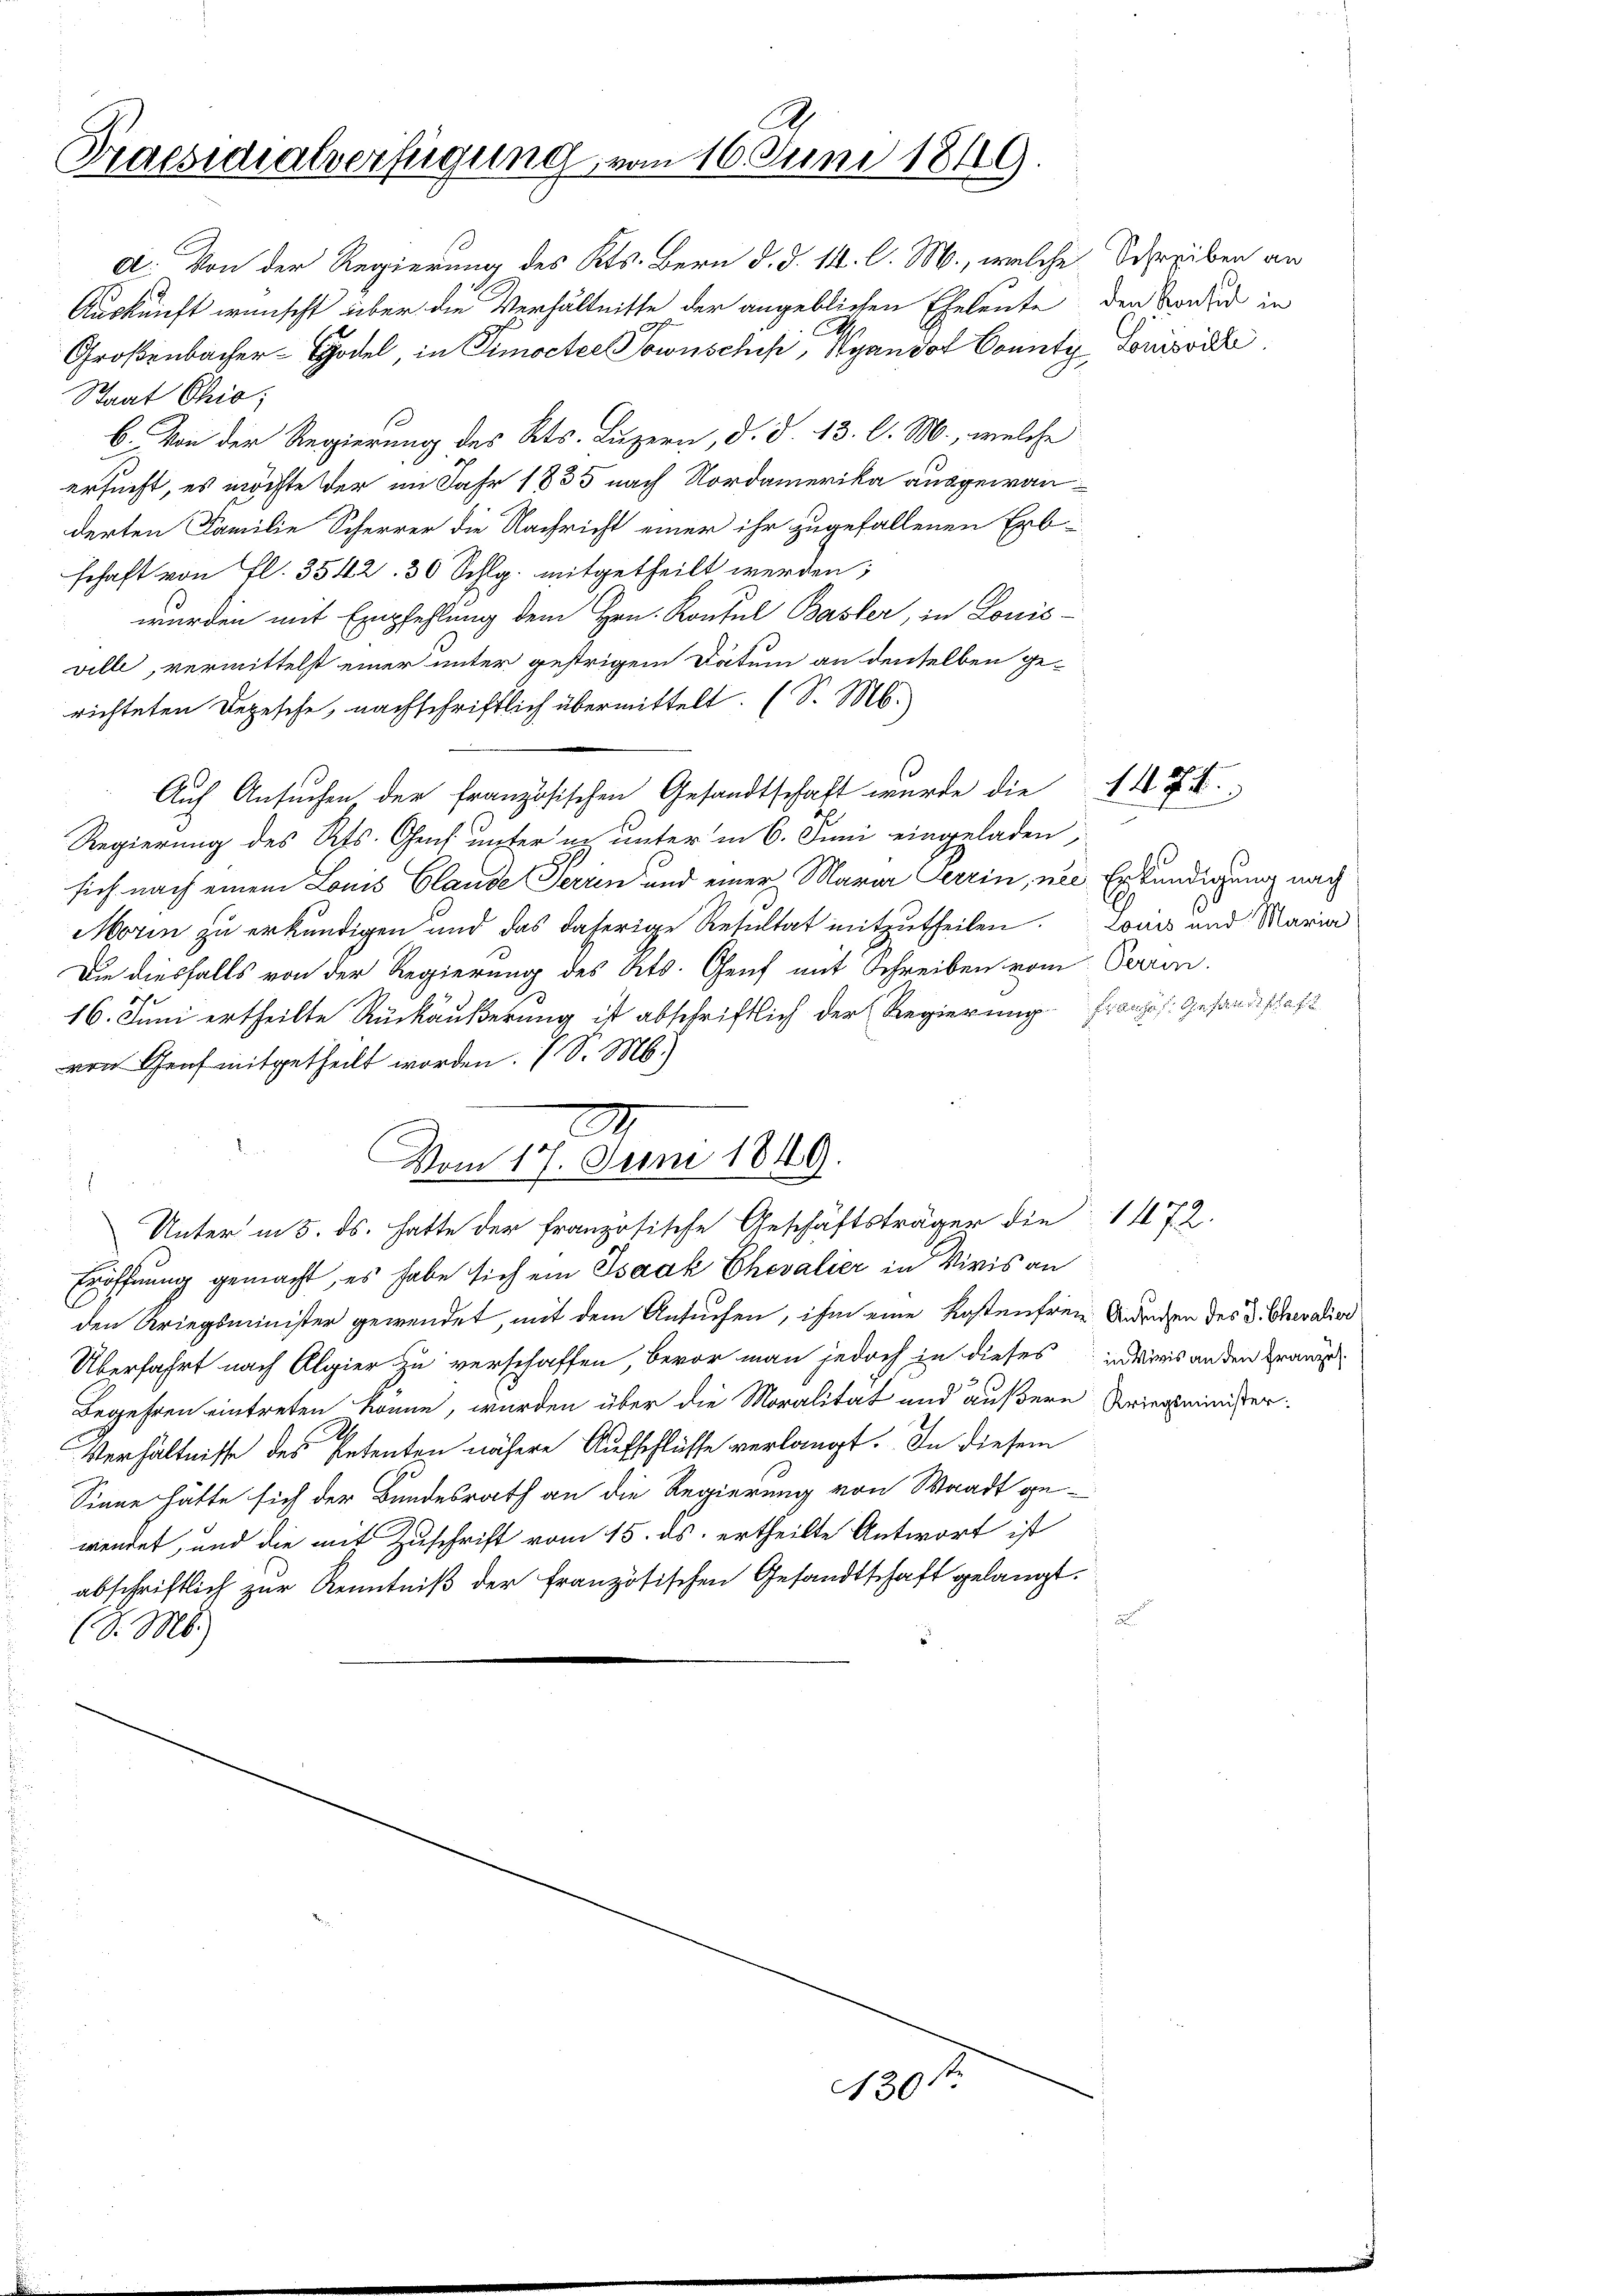
Praesidialverfügung, vom 16. Juni 1849.

A. Von der Regierung des Kts. Bern d. d. 14. l. M., welche Schreiben an
Auskunft wünscht über die Verhältnisse der angeblichen Eheleute, den Sonder in
Großenbacher-Godel, in Simocter Sowuschik, Wyando County Louisvil
Staat Chio;
s
b. Von der Regierung des Kts. Luzern, d. d. 13. l. M., welche
ersucht, es möchte der im Jahr 1835 nach Nordamerika ausgewanderten Familie Scherrer die Nachricht einer ihr zugefallenen Erb-
schaft von fl. 3542. 30 Schlg. mitgetheilt werden;
wurden mit Empfehlung dem Hrn. Konsul Basler, in Louis-
ville, vermittelst einer unter gestrigem Datum an denselben gerichteten Depesche, nachschriftlich übermittelt. (S. M.
Auf Ansuchen der französischen Gesandtschaft wurde die
Regierung des Rs. Gens unter an unter in 6. Juni eingeladen,
sich nach einem Louis Claude Terrin und einer Mara Terrin, nei Erkundigung nach
Morin zu erkundigen und das daherige Resultat mitzutheilen. Louis und Maria
Die diesfalls von der Regierung des Kts. Genf mit Schreiben vom Perren.
16. Juni ertheilte Rückäußerung ist abschriftlich der Regierung Französ. Gesandtschaft
von Genf mitgetheilt worden. S. M.)
.
Vom 17. Juni 1849.
Unter in 5. ds. hatte der französische Geschäftsträger die 1472
Eröffnung gemacht, es habe sich ein Isaak Chevalier in Viris an
den Kriegsminister gewendet, mit dem Antrafen, ihm eine Kostenfreie Andrechen des Dr. Chevalier
Überfahrt nach Algier zu verschaffen, bevor man jedoch in dieses in weis an den Kranz
Begehren eintreten könne, wurden über die Moralität und äußere Kriegsminister-
2
Verhältnisse des Petenten nähere Aufschlüsse verlangt. In diesem
Sinne hätte sich der Bundesrath an die Regierung von Waadt gewendet, und die mit Zuschrift vom 15. ds. ertheilte Antwort ist
abschriftlich zur Kenntniß der französischen Gesandtschaft gelangt.

(S. M.)

N 30ste

147. 4